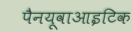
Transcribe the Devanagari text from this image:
पैनयूवाआइटिक